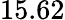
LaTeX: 15.62